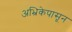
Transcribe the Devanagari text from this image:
अभ्रिकेपासून